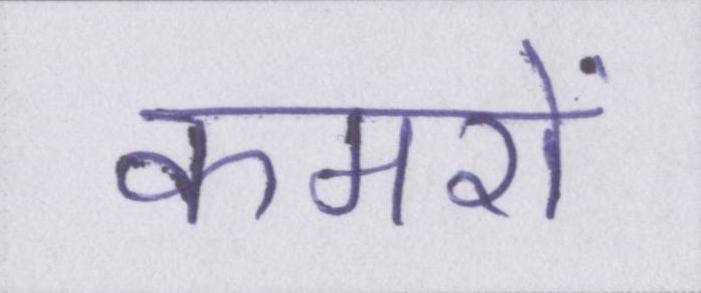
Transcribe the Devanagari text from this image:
कमरों